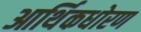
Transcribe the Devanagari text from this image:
आर्थिकधोरण